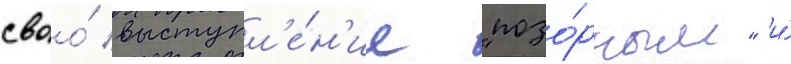
своо́ выступл'е́н'ие "позо́рным" и́